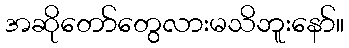
အဆိုတော်တွေလားမသိဘူးနော်။